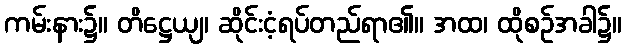
ကမ်းနား၌။ တိဋ္ဌေယျ၊ ဆိုင်းငံ့ရပ်တည်ရာ၏။ အထ၊ ထိုစဉ်အခါ၌။